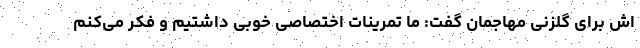
اش برای گلزنی مهاجمان گفت: ما تمرینات اختصاصی خوبی داشتیم و فکر می‌کنم